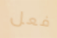
فعل